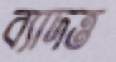
ব্যাদত্ত